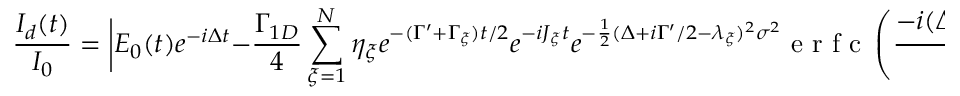
\frac { I _ { d } ( t ) } { I _ { 0 } } = \bigg | E _ { 0 } ( t ) e ^ { - i \Delta t } - \frac { \Gamma _ { 1 D } } { 4 } \sum _ { \xi = 1 } ^ { N } \eta _ { \xi } e ^ { - ( \Gamma ^ { \prime } + \Gamma _ { \xi } ) t / 2 } e ^ { - i J _ { \xi } t } e ^ { - \frac { 1 } { 2 } ( \Delta + i \Gamma ^ { \prime } / 2 - \lambda _ { \xi } ) ^ { 2 } \sigma ^ { 2 } } \mathrm { ~ e ~ r ~ f ~ c ~ } \left( \frac { - i ( \Delta + i \Gamma ^ { \prime } / 2 - \lambda _ { \xi } ) \sigma ^ { 2 } - t } { \sqrt { 2 } \sigma } \right) \bigg | ^ { 2 } ,